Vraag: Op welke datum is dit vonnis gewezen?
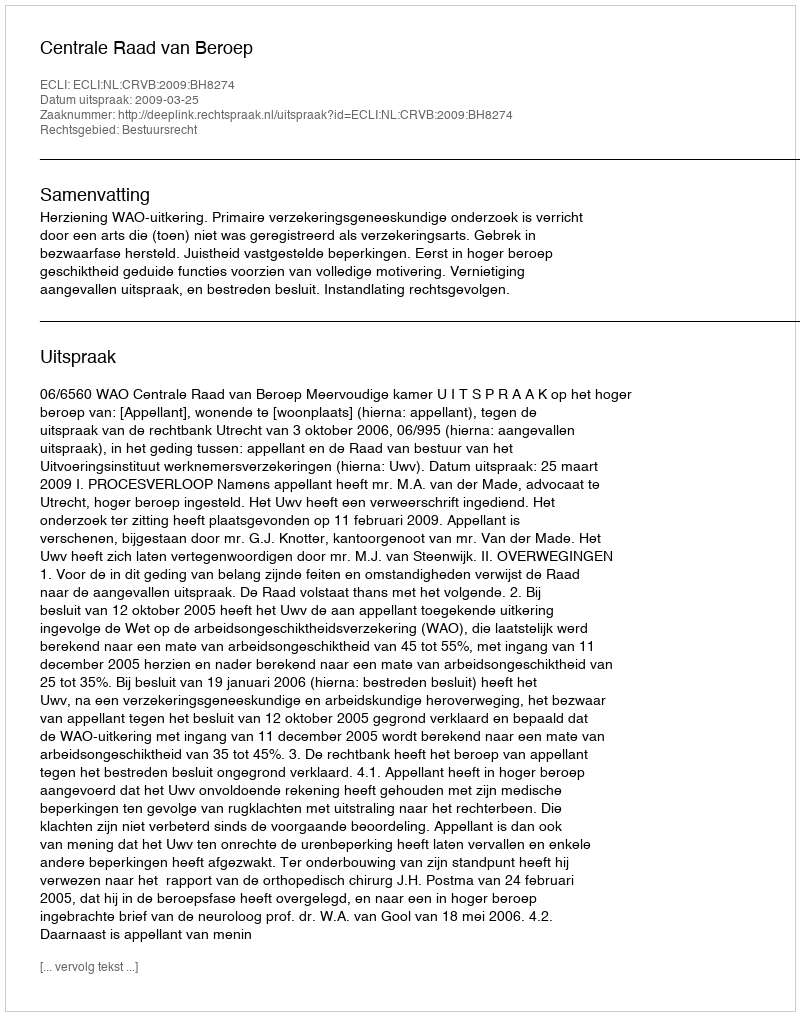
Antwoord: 2009-03-25